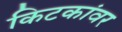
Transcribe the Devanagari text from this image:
किटकांवर